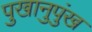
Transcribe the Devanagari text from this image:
पुखानुपुंख